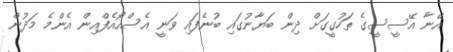
އޭނާ އޭސީސީގެ ތަހުގީގަށް ދިން ބަޔާނުގައި ބުނެފައި ވަނީ އެސްއޯއެފްއިން އެންމެ މަދުން